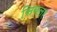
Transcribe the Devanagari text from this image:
सिबलर